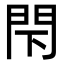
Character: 閇